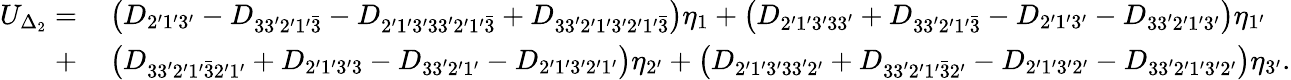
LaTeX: \begin{array}{rl}{U_{\Delta_{2}}=}&{{}\left({{D_{2^{\prime}1^{\prime}3^{\prime}}}-{D_{33^{\prime}2^{\prime}1^{\prime}\bar{3}}}-{D_{2^{\prime}1^{\prime}3^{\prime}33^{\prime}\mathrm{{2^{\prime}1^{\prime}}}\bar{3}}}+{D_{33^{\prime}2^{\prime}1^{\prime}3^{\prime}\mathrm{{2^{\prime}1^{\prime}}}\bar{3}}}}\right){\eta_{1}}+\left({{D_{2^{\prime}1^{\prime}3^{\prime}33^{\prime}}}+{D_{33^{\prime}2^{\prime}1^{\prime}\bar{3}}}-{D_{2^{\prime}1^{\prime}3^{\prime}}}-{D_{33^{\prime}2^{\prime}1^{\prime}3^{\prime}}}}\right){\eta_{1^{\prime}}}}\\ {+}&{{}\left({{D_{33^{\prime}2^{\prime}1^{\prime}\bar{3}2^{\prime}1^{\prime}}}+{D_{2^{\prime}1^{\prime}3^{\prime}\mathrm{{3}}}}-{D_{33^{\prime}2^{\prime}1^{\prime}}}-{D_{2^{\prime}1^{\prime}3^{\prime}2^{\prime}1^{\prime}}}}\right){\eta_{2^{\prime}}}+\left({{D_{2^{\prime}1^{\prime}3^{\prime}33^{\prime}\mathrm{{2^{\prime}}}}}+{D_{33^{\prime}2^{\prime}1^{\prime}\bar{3}\mathrm{{2^{\prime}}}}}-{D_{2^{\prime}1^{\prime}3^{\prime}\mathrm{{2^{\prime}}}}}-{D_{33^{\prime}2^{\prime}1^{\prime}3^{\prime}\mathrm{{2^{\prime}}}}}}\right){\eta_{3^{\prime}}}.}\end{array}